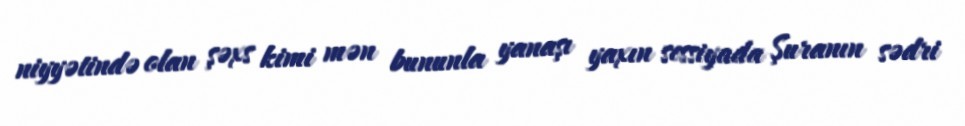
niyyətində olan şəxs kimi mən bununla yanaşı yaxın sessiyada Şuranın sədri